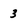
Character: 3